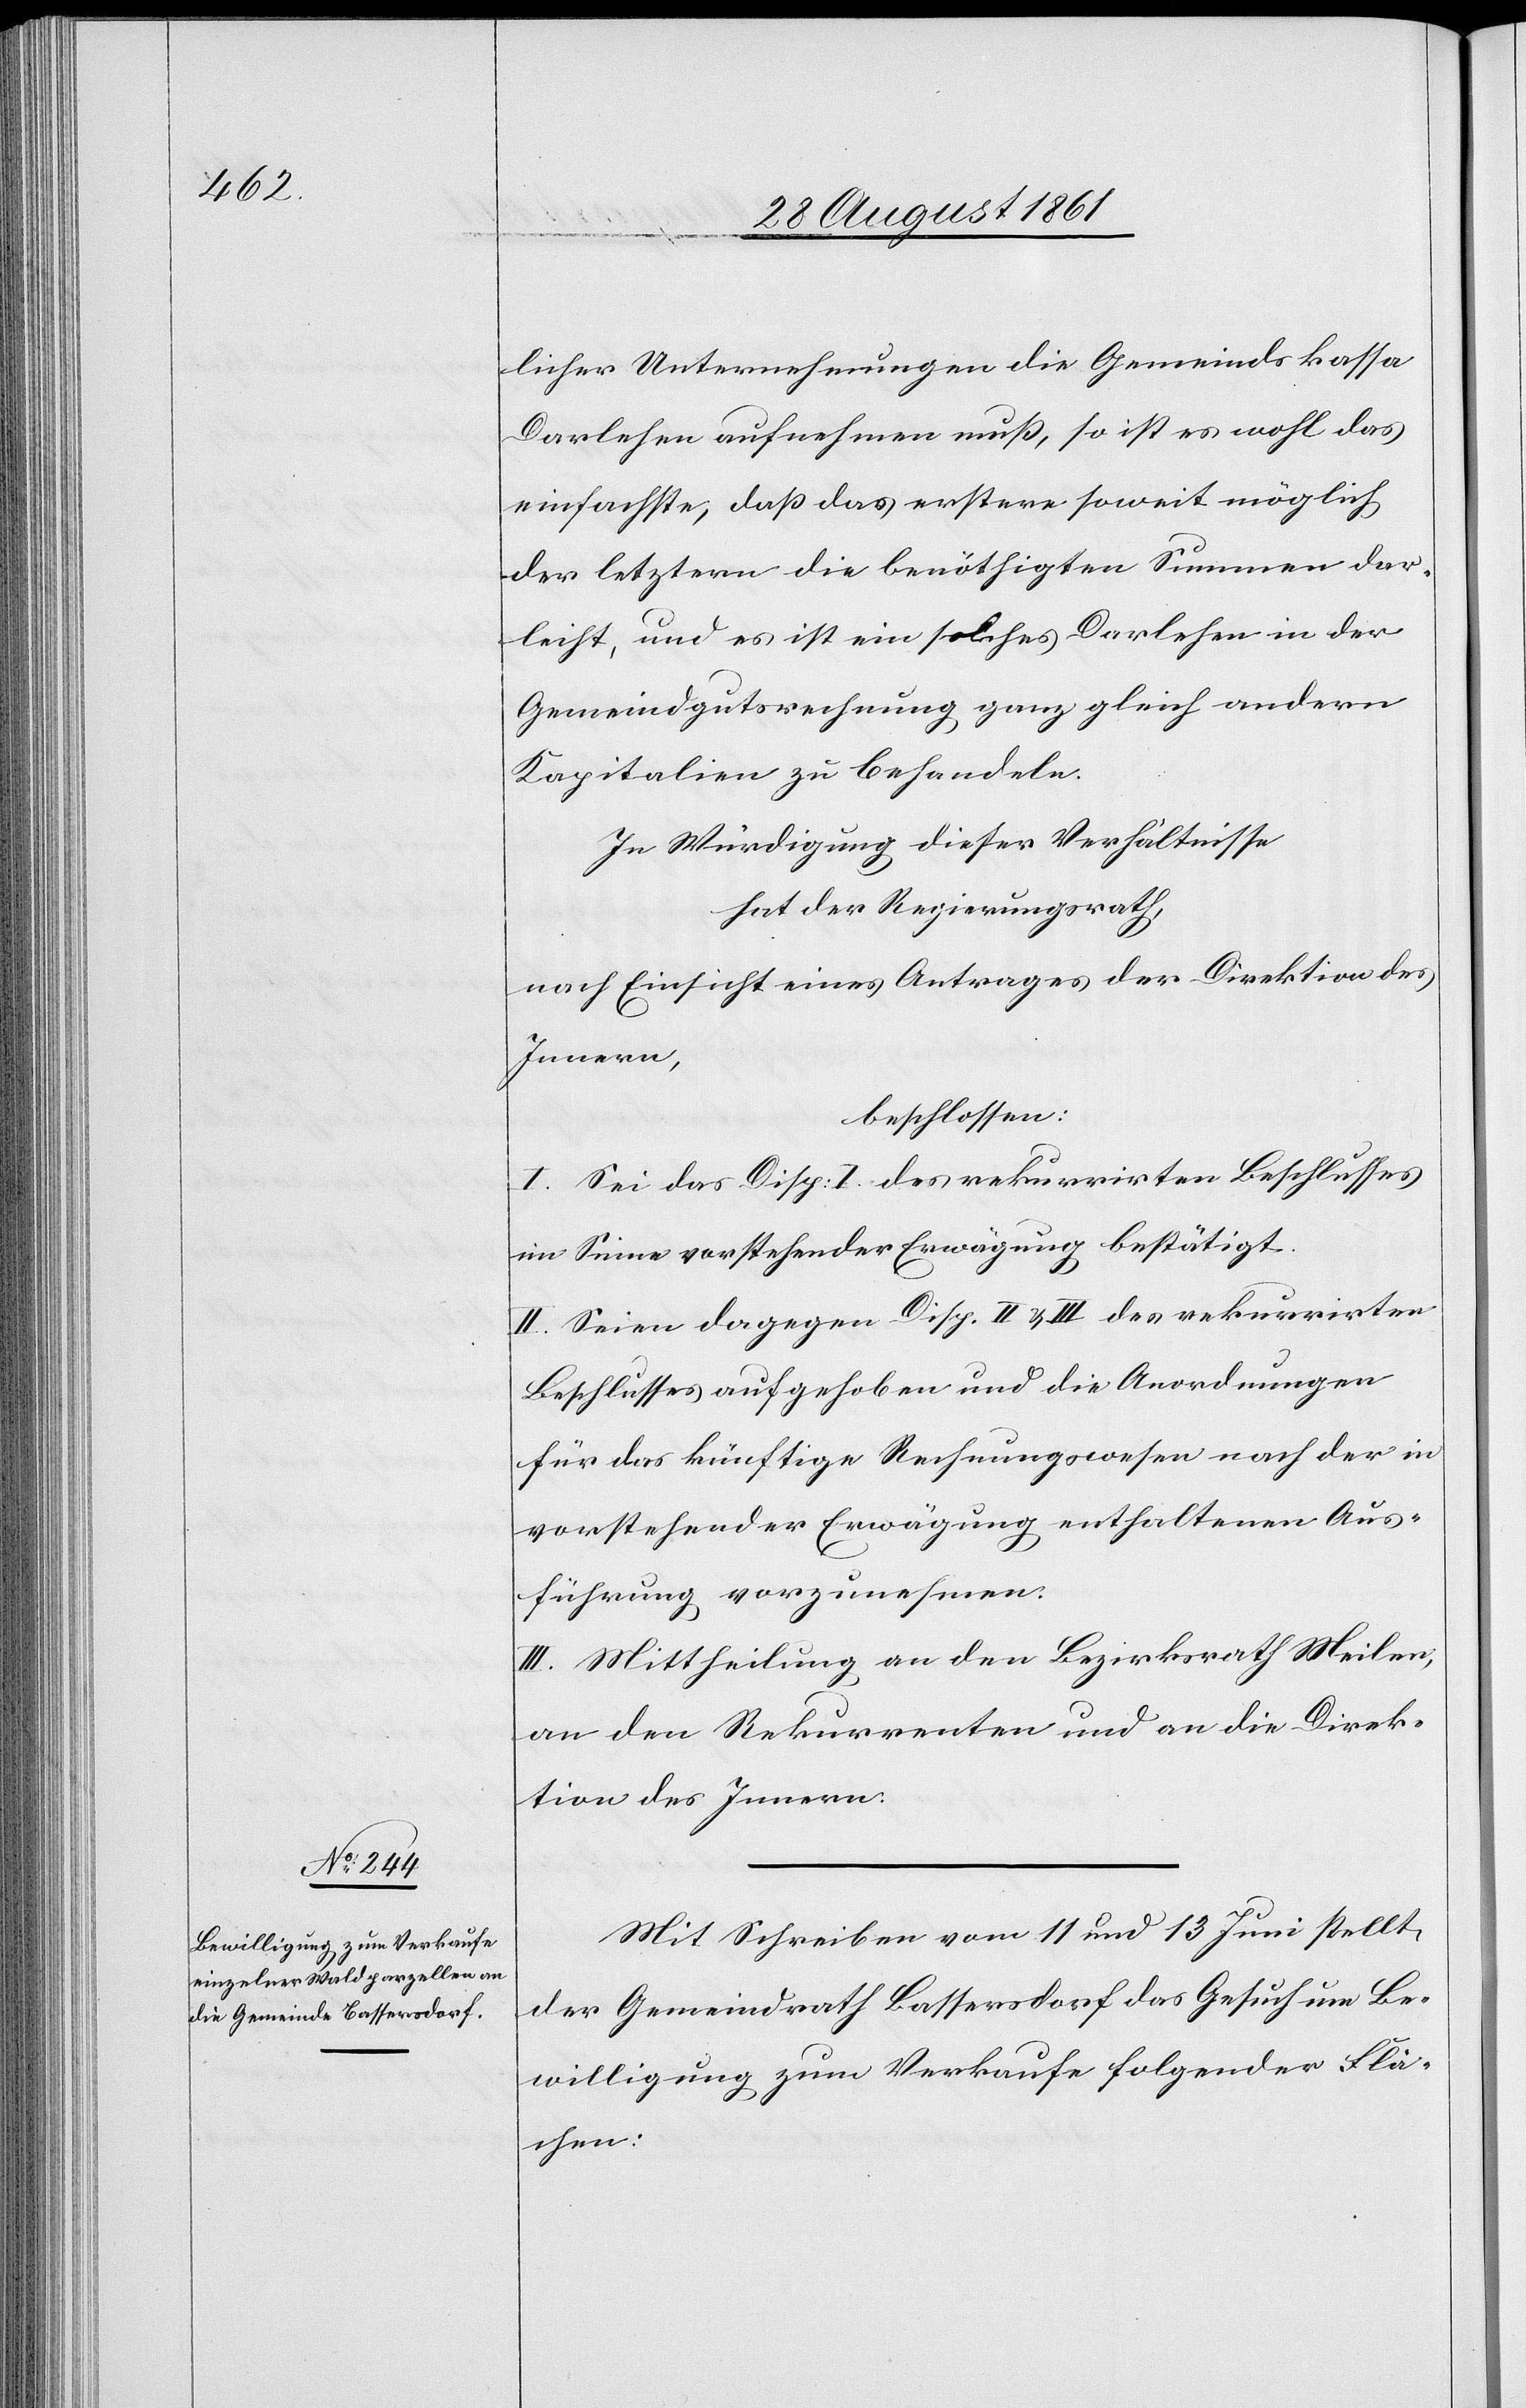
licher Unternehmungen die Gemeindskassa
Darlehen aufnehmen muß, so ist wohl das
einfachste, daß das erstere soweit möglich
der letztern die benöthigten Summen dar¬
leiht, und es ist ein solches Darlehen in der
Gemeindgutsrechnung ganz gleich andern
Kapitalien zu behandeln.
In Würdigung dieser Verhältnisse
hat der Regierungsrath,
nach Einsicht eines Antrages der Direktion des
Innern,
beschlossen:
I. Sei das Disp. I des rekurrirten Beschlusses
im Sinne vorstehender Erwägung bestätigt.
II. Seien dagegen Disp. II u. III des rekurrirten
Beschlusses aufgehoben und die Anordnungen
für das künftige Rechnungswesen nach der in
vorstehender Erwägung enthaltenen Aus¬
führung vorzunehmen.
III. Mittheilung an den Bezirksrath Meilen,
an den Rekurrenten und die Direk¬
tion des Innern.
Mit Schreiben vom 11 und 13 Juni stellt
der Gemeindrath Bassersdorf das Gesuch um Be¬
willigung zum Verkaufe folgender Flä¬
chen: